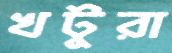
খটুরা